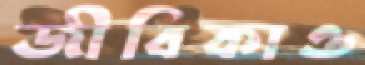
জীবিকাও